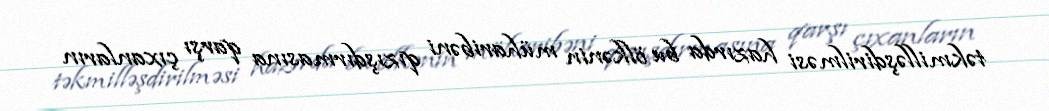
təkmilləşdirilməsi hazırda bu ölkənin müharibəni qızışdırmasına qarşı çıxanların